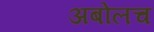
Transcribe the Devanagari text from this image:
अबोलच